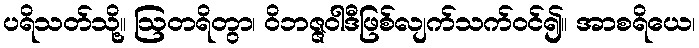
ပရိသတ်သို့။ ဩတရိတွာ၊ ဝိဘဇ္ဇဝါဒီဖြစ်လျက်သက်ဝင်၍။ အာစရိယေ၊